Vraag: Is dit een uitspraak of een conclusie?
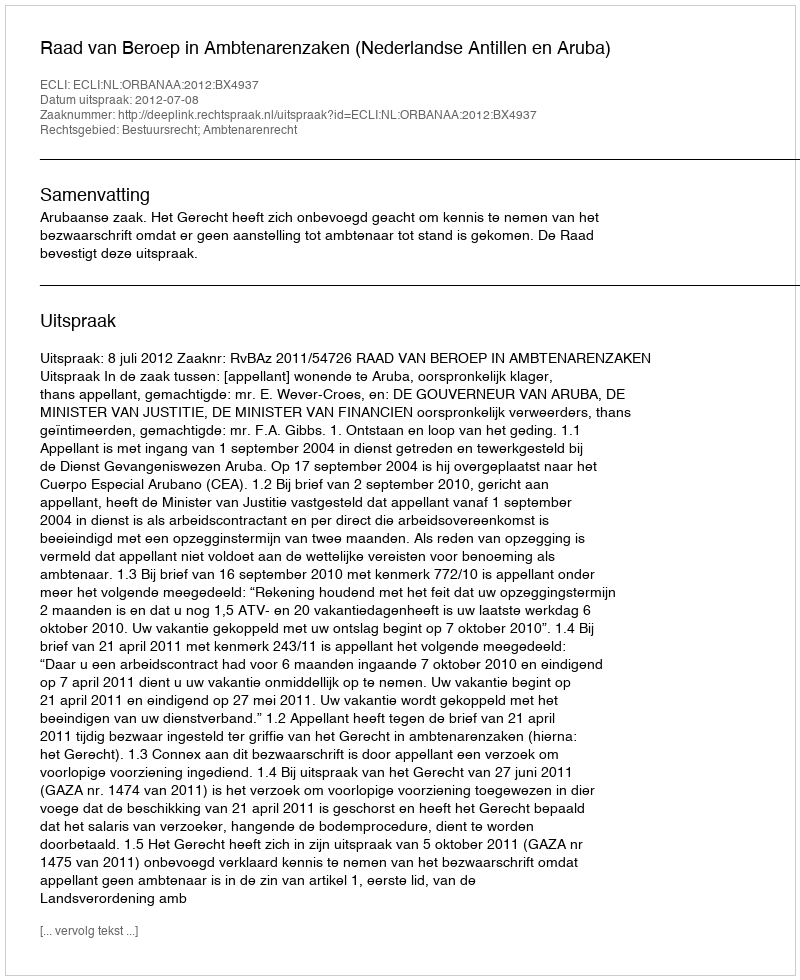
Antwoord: Uitspraak